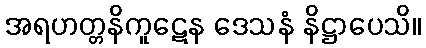
အရဟတ္တနိကူဋေန ဒေသနံ နိဋ္ဌာပေသိ။